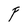
Character: F